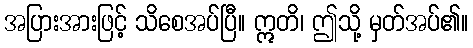
အပြားအားဖြင့် သိစေအပ်ပြီ။ ဣတိ၊ ဤသို့ မှတ်အပ်၏။